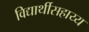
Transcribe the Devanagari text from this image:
विद्यार्थीसहाय्य